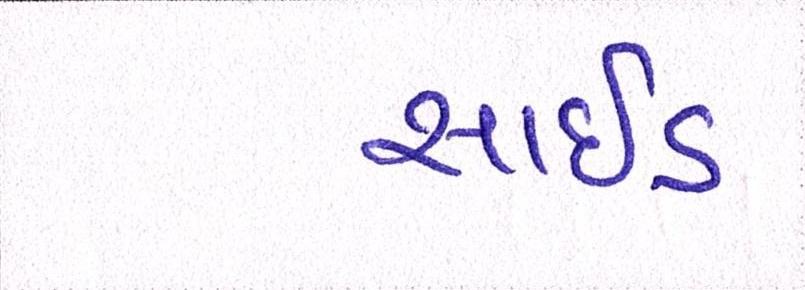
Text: સાઈડ